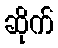
ဆိုက်